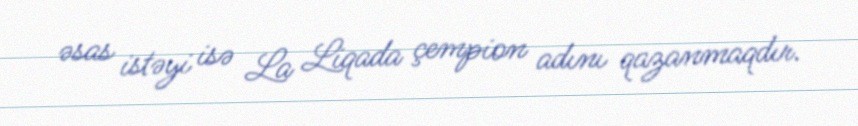
əsas istəyi isə La Liqada çempion adını qazanmaqdır.